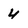
Character: 4